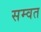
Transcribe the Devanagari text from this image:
सम्‍वत